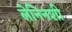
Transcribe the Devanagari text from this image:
लेनिनशी